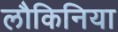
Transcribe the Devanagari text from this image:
लौकिनिया